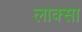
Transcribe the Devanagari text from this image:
लाक्सा